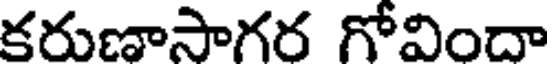
కరుణాసాగర గోవిందా